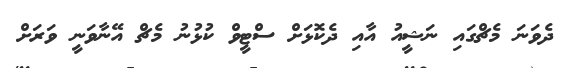
ދެވަނަ މެޗްގައި ނަޝީއު އާއި ދެކޮޅަށް ސްޓީވް ކުޅުނު މެޗް އޭނާވަނީ ވަރަށް